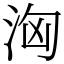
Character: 洶